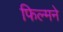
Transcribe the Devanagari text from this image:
फिल्मने